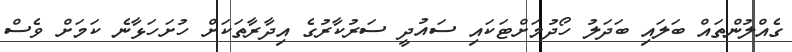
ގެއްލުންތައް ބަލައި ބަދަލު ހޯދުމަށްޓަކައި ސައުދީ ސަރުކާރުގެ އިދާރާތަކަށް ހުށަހަޅާނެ ކަމަށް ވެސް